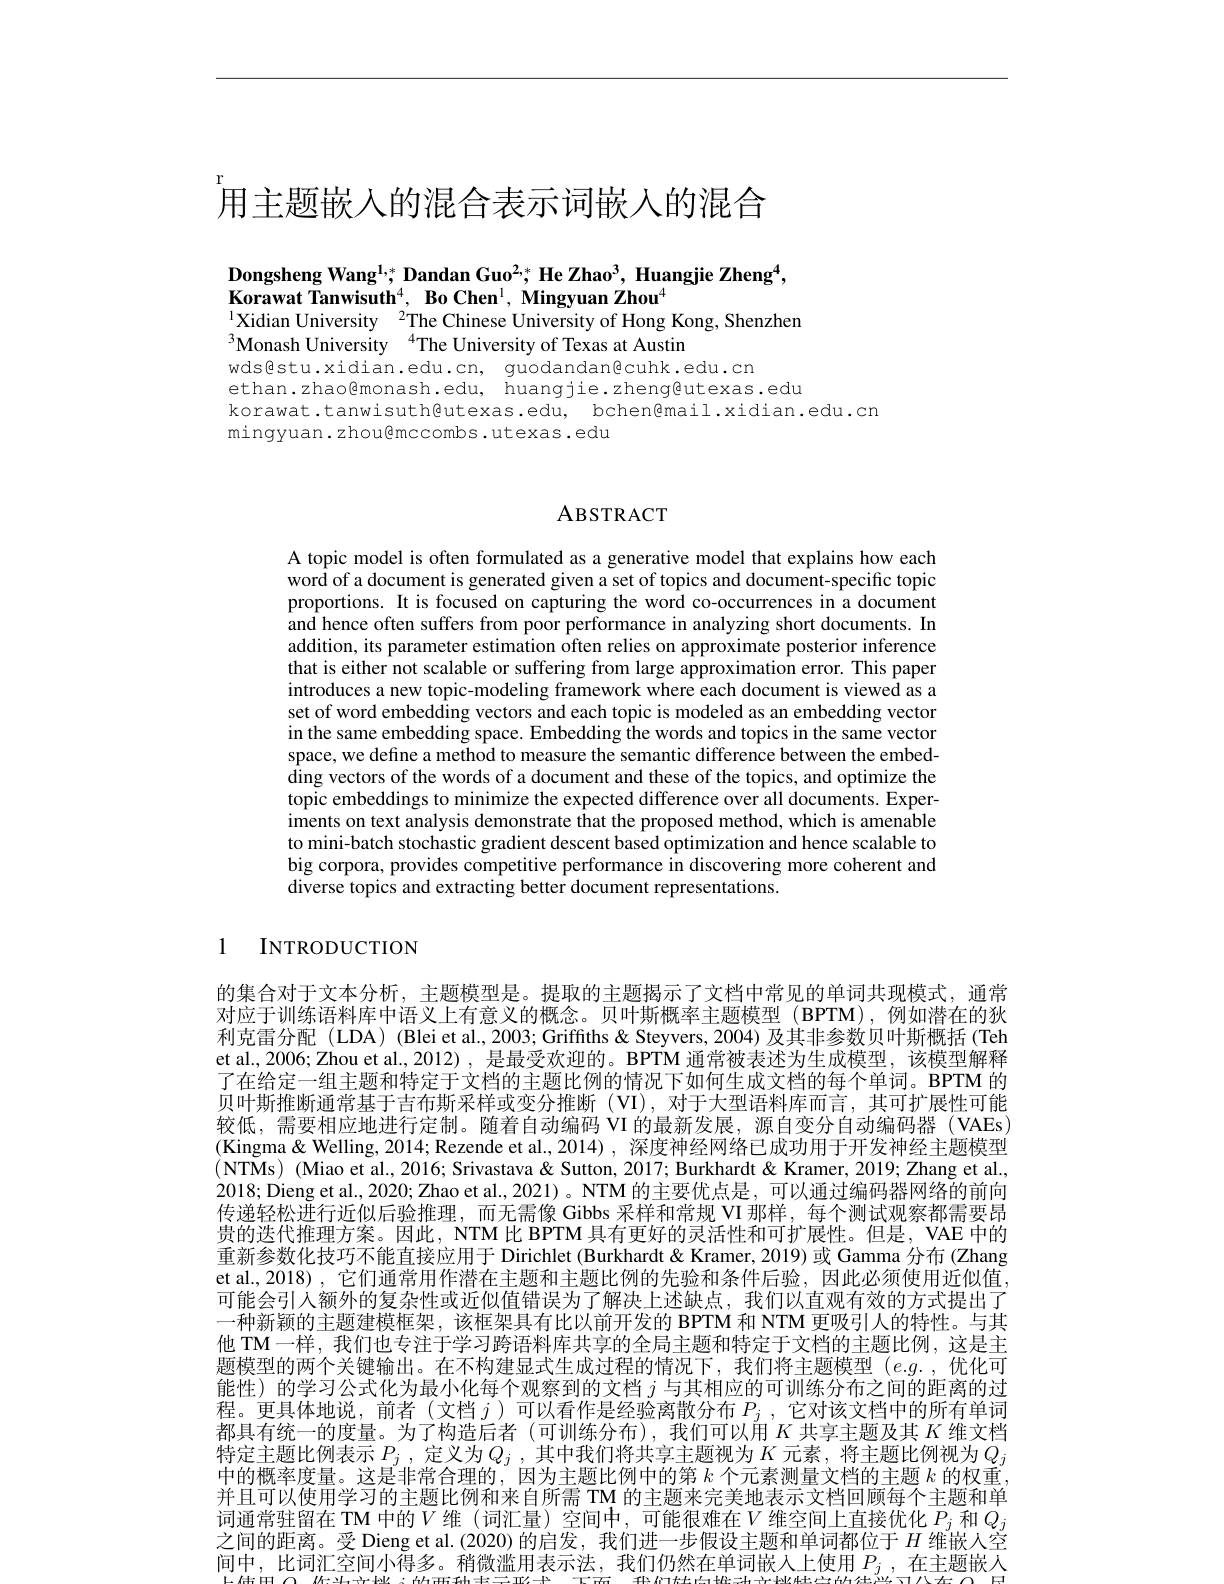
# 用主题嵌入的混合表示词嵌人的混合

Dongsheng Wang$^{1,*};$ Dandan Guo$^2;$ He Zhao$^3$, Huangjie Zheng$^4$,
$\textbf{Korawat Tanwisuth}^{4},\textbf{ Bo Chen}^{1},\textbf{ Mingyuan Zhou}^{4}$
$\sum_{\mathrm{d}}^{1}$Xidian University$^2$The Chinese University of Hong Kong, Shenzhen

$^{3}$Monash University$\:^{4}$The University of Texas at Austin

wds@stu.xidian.edu.cn, guodandan@cuhk.edu.cn
ethan.zhao@monash.edu, huangjie.zheng@utexas.edu
korawat.tanwisuth@utexas.edu, bchen@mail.xidian.edu.cn
mingyuan.zhou@mccombs.utexas.edu

## ABSTRACT

A topic model is often formulated as a generative model that explains how each word of a document is generated given a set of topics and document-specific topic proportions. It is focused on capturing the word co-occurrences in a document and hence often suffers from poor performance in analyzing short documents. In addition, its parameter estimation often relies on approximate posterior inference that is either not scalable or suffering from large approximation error. This paper introduces a new topic-modeling framework where each document is viewed as a set of word embedding vectors and each topic is modeled as an embedding vector in the same embedding space. Embedding fhe words and topics in the same vector space, we define a method to measure the semantic difference between the embedding vectors of the words of a document and these of the topics, and optimize the topic embeddings to minimize the expected difference over all documents. Exper- $\hat{\text{iments on text analysis demonstrate that the proposed method, which is amenable}}$ to mini-batch stochastic gradient descent based optimization and hence scalable to big corpora, provides competitive performance in discovering more coherent and diverse topics and extracting better document representations.

1

INTRODUCTION

的集合对于文本分析，主题模型是。提取的主题揭示了文档中常见的单词共现模式，通常对应于训练语料库中语义上有意义的概念。贝叶斯概率主题模型(BPTM),例如潜在的狄利克雷分配(LDA) (Blei et al., 2003; Griffiths & Steyvers, 2004) 及其非参数贝叶斯概括 (Teh et al.,2006; Zhou et al., 2012), 是最受欢迎的。BPTM 通常被表述为生成模型，该模型解释了在给定一组主题和特定于文档的主题比例的情况下如何生成文档的每个单词。BPTM 的贝叶斯推断通常基于吉布斯采样或变分推断(VI),对于大型语料库而言，其可扩展性可能较低，需要相应地进行定制。随着自动编码 VI 的最新发展，源自变分自动编码器(VAEs (Kingma& Welling, 2014; Rezende et al., 2014), 深度神经网络已成功用于开发神经主题模型(NTMs) (Miao et al., 2016; Srivastava& Sutton, 2017; Burkhardt & Kramer, 2019; Zhang et al. 2018; Dieng et al., 2020; Zhao et al., 2021)。NTM 的主要优点是，可以通过编码器网络的前向传递轻松进行近似后验推理，而无需像 Gibbs 采样和常规 VI 那样，每个测试观察都需要昂贵的迭代推理方案。因此，NTM 比 BPTM 具有更好的灵活性和可扩展性。但是，VAE 中的重新参数化技巧不能直接应用于 Dirichlet (Burkhardt& Kramer, 2019) 或 Gamma 分布 (Zhang et al., 2018) , 它们通常用作潜在主题和主题比例的先验和条件后验，因此必须使用近似值可能会引入额外的复杂性或近似值错误为了解决上述缺点，我们以直观有效的方式提出了一种新颖的主题建模框架，该框架具有比以前开发的 BPTM 和 NTM 更吸引人的特性。与其他 TM 一样，我们也专注于学习跨语料库共享的全局主题和特定于文档的主题比例，这是主题模型的两个关键输出。在不构建显式生成过程的情况下，我们将主题模型$(e.g.$,优化可能性)的学习公式化为最小化每个观察到的文档$j$与其相应的可训练分布之间的距离的过程。更具体地说，前者(文档$j$)可以看作是经验离散分布 $P_j$ , 它对该文档中的所有单词都具有统一的度量。为了构造后者(可训练分布),我们可以用$K$共享主题及其$K$维文档特定主题比例表示$P_j$,定义为$Q_j$,其中我们将共享主题视为$K$元素 ,将主题比例视为$Q_j$ 中的概率度量。这是非常合理的，因为主题比例中的第$k$个元素测量文档的主题$k$的权重并且可以使用学习的主题比例和来自所需 TM 的主题来完美地表示文档回顾每个主题和单词 通 常 驻 留 在 TM 中 的 $V$ 维 ( 词 汇 量 ) 空 间 中 , 可 能 很 难 在 $V$ 维 空 间 上 直 接 优 化 $P_j$ 和 $Q_j$ 之 间 的 距 离 恶 Dieng et al (2020) 的 户 发 我 们 进 一 半 侣 沿 亡 斯 和 单 词 都 位 于 $H$ 维 嵌 $\lambda$ 交之间的距离。受 Dieng et al.(2020) 的启发，我们进一步假设主题和单词都位于$H$维嵌人空间中，比词汇空间小得多。稍微滥用表示法，我们仍然在单词嵌人上使用$P_j$,在主题嵌入